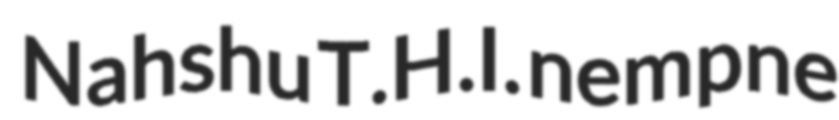
Nahshu T.H.I. nempne